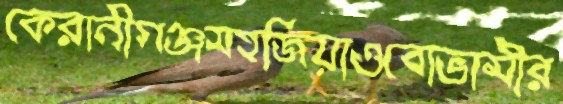
কেরানীগঞ্জসহজিয়াওবোভামীর